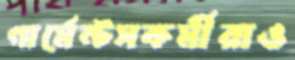
গার্মেন্টসকর্মীরাও